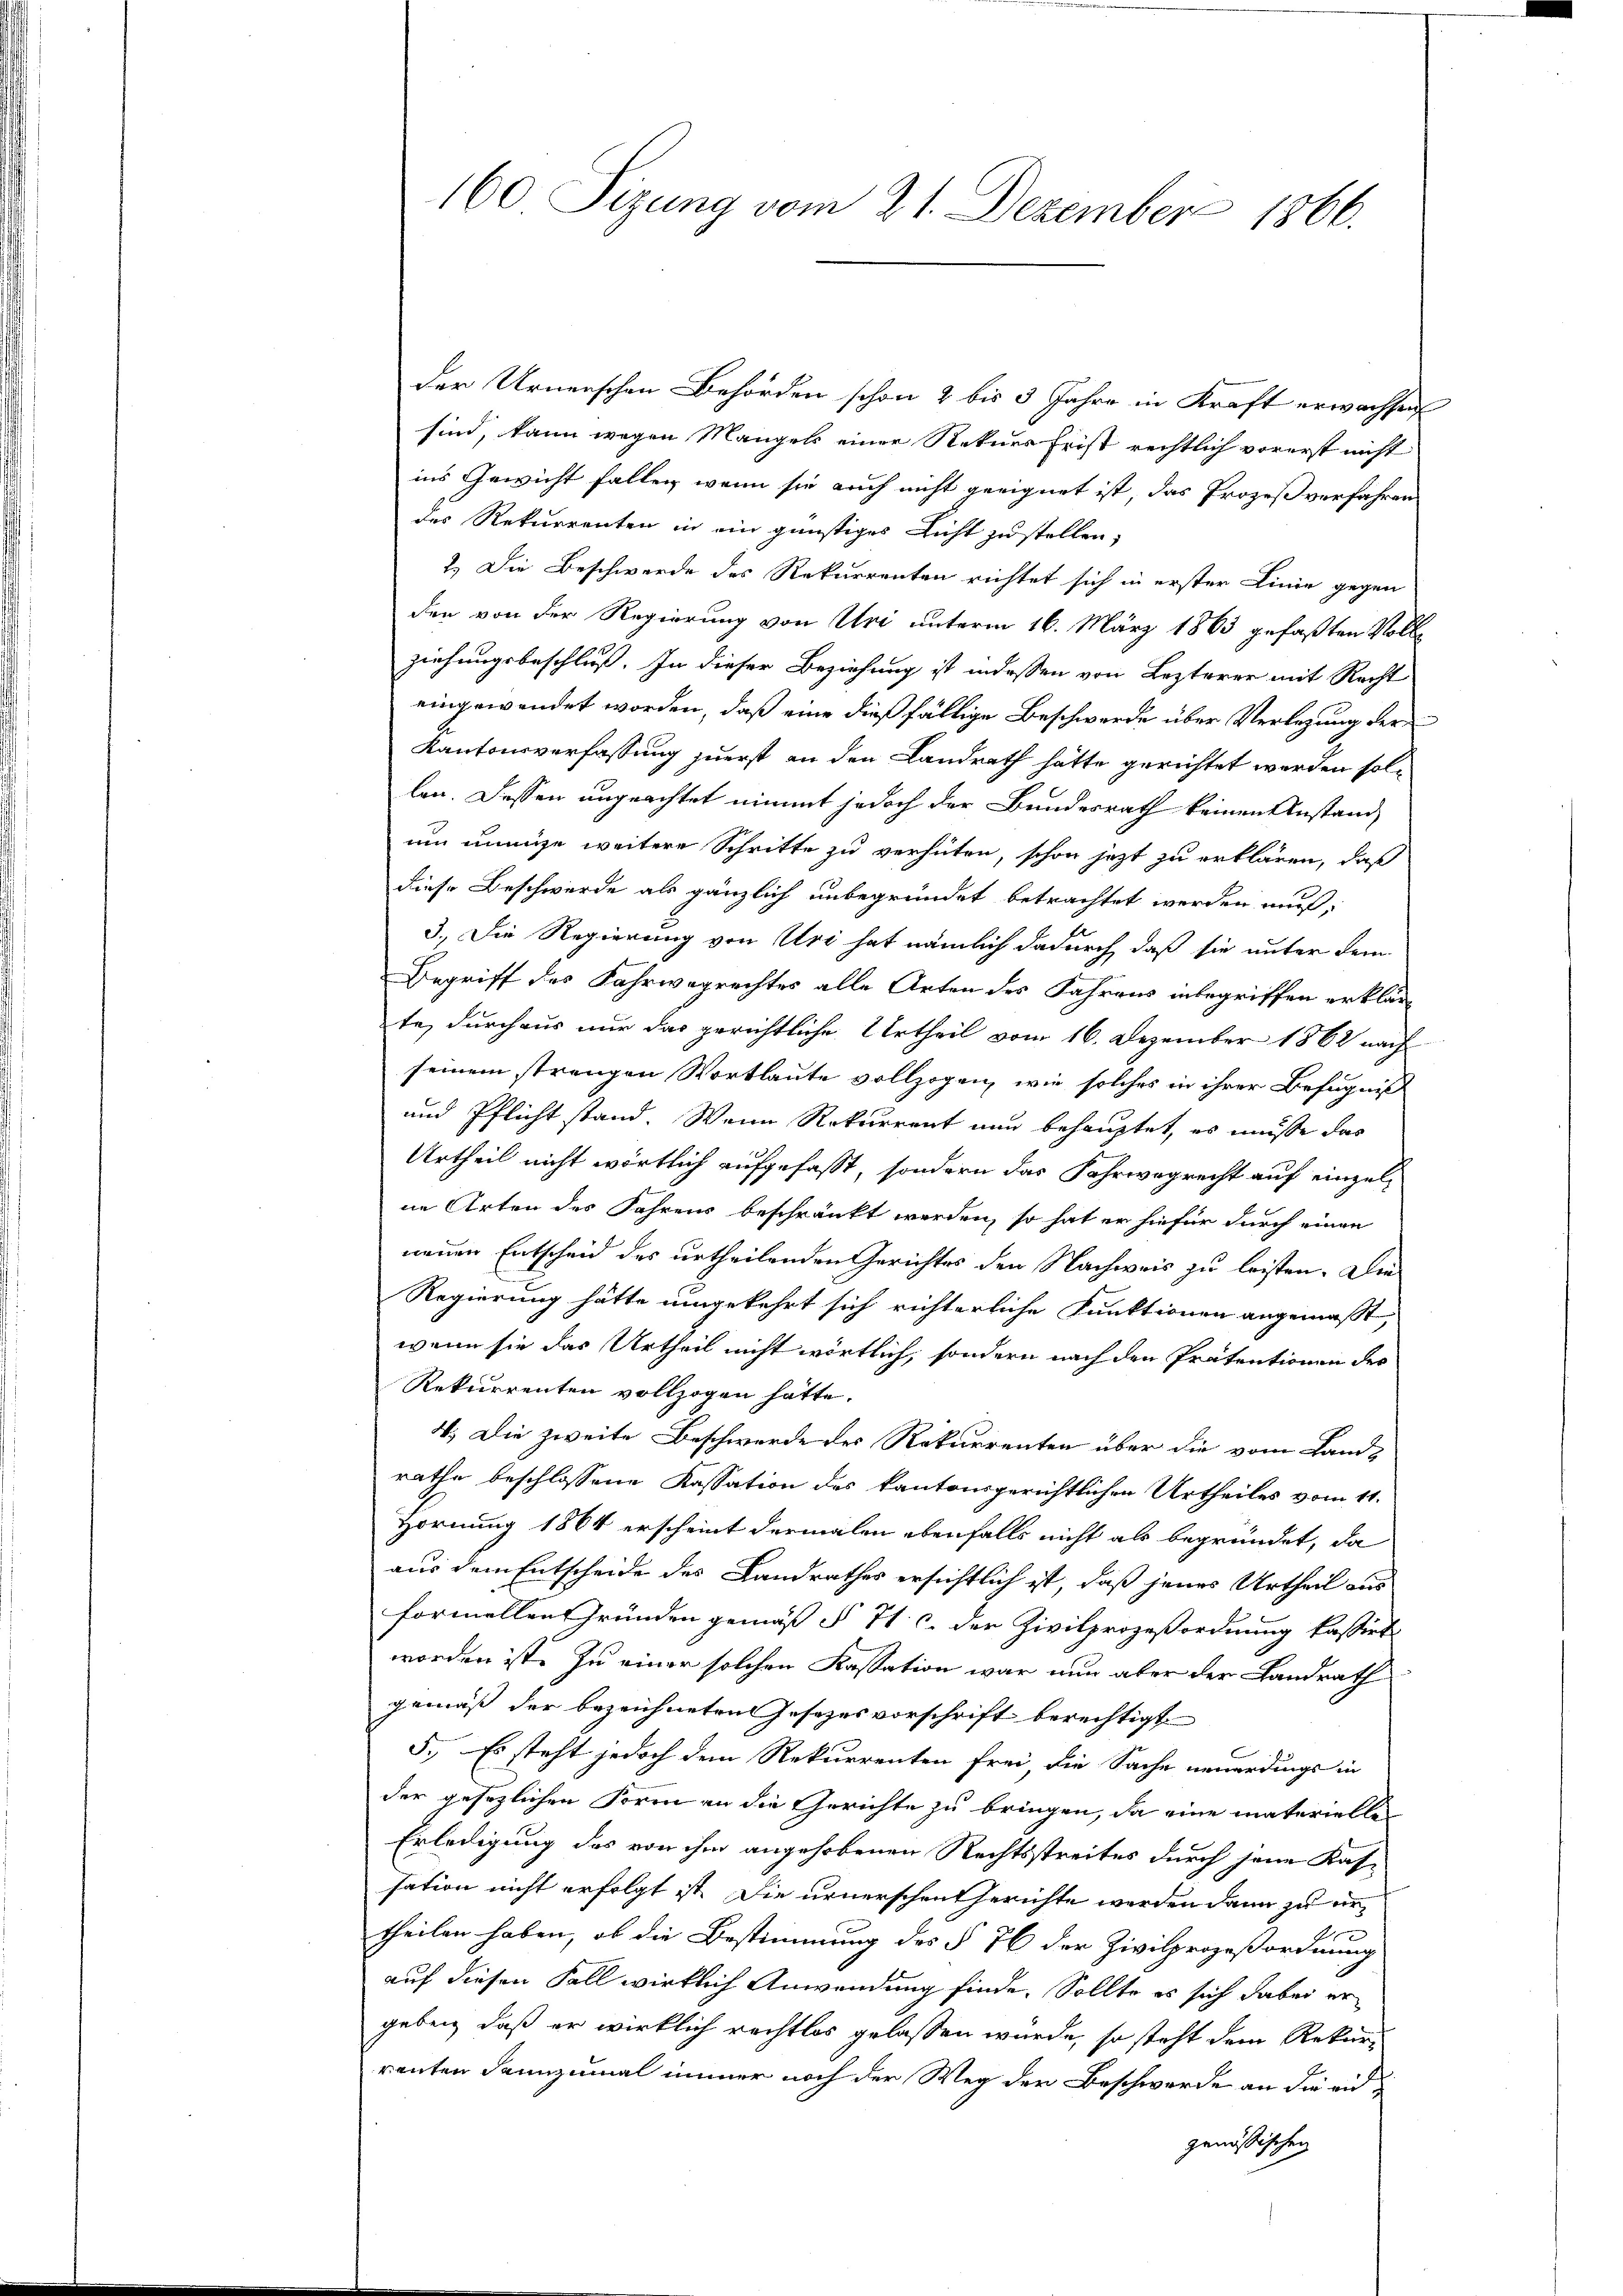
der Urnenschen Behörden schon 2 bis 3 Jahre in Kraft erwachsen
sind, kann wegen Mangels einer Rekurs Frist rechtlich vorerst nicht
ins Gewicht fallen, wenn sie auch nicht geeignet ist, das Prozeß verfahren
des Rekurrenten in ein günstiges Licht zu stellen,
2.) Die Beschwerde des Rekurrenten richtet sich in erster Linie gegen
den von der Regierung von Uri unterm 16. März 1863 gefaßten Voll
ziehungsbeschluß. In dieser Beziehung ist indessen von Lezterer mit Recht
eingewendet worden, daß eine dießfällige Beschwerde über Verlegung der
Kantonsverfassung zuerst an den Landrath hätte gerichtet werden sollen. Dassen ungeachtet nimmt jedoch der Bundesrath keinen Anstand
um innige weitere Schritte zu verhüten, schon jetzt zu erklären, daß
diese Beschwerde als gänzlich unbegründet betrachtet werden muß,
3.) Die Regierung von Uri hat nämlich dadurch, daß sie unter dem
Begriff des Fahrwegrechtes alle Arten des Jahrens inbegriffen erklär
te, durchaus nur das gerichtliche Urtheil vom 16. Dezember 1862 nach
seinem strengen Wortlaute vollzogen, wie solches in ihrer Befugniß
und Pflicht stand. Wenn Rekurrent nun behauptet, es müsse das
Urtheil nicht wörtlich aufgefaßt, sondern das Fahrwegrecht auf einzelne Arten des Jahrens beschränkt werden, so hat er hiefür durch einen
neuen Entscheid des urtheilenden Gerichtes den Nachweis zu leisten. Die
Regierung hätte umgekehrt sich richterliche Funktionen angemaßt,
wenn sie das Urtheil nicht wörtlich, sondern nach den Prätentionen des
Rekurrenten vollzogen hätte.
4.) Die zweite Beschwerde des Rekurrenten über die vom Landrathe beschlossene Kassation des kantonsgerichtlichen Urtheiles vom 11.
Hornung 1864 erscheint dermalen ebenfalls nicht als begründet, da
aus dem Entscheide des Landrathes ersichtlich ist, daß jenes Urtheil aus
formellen Gründen gemäß § 71 c. der Zivilprozeßordnung kassirt
worden ist. Zu einer solchen Kassation war nun aber der Landrath
gemäß der bezeichneten Jesezesvorschrift berechtigt
5.) Es steht jedoch dem Rekurrenten frei, die Sache neuerdings in
der gesezlichen Form an die Gerichte zu bringen, da eine materielle
Erledigung des von ihm angehobenen Rechtsstreites durch jene Kassation nicht erfolgt ist. Die urnerschentherichte werden dann zu er¬
A
theilen haben, ob die Bestimmung des § 76 der Zivilprozeßordnung
auf diesen Fall wirklich Anwendung finde. Sollte es sich dabei ergeben, daß er wirklich rechtlos gelassen würde, so steht dem Rekurrenten dannzumal immer noch der Weg der Beschwerde an die eidgenössischen

160 Sizung vom 21. Dezember 1866.